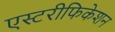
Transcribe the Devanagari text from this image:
एस्टरीफिकेशन